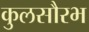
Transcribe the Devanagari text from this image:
कुलसौरभ